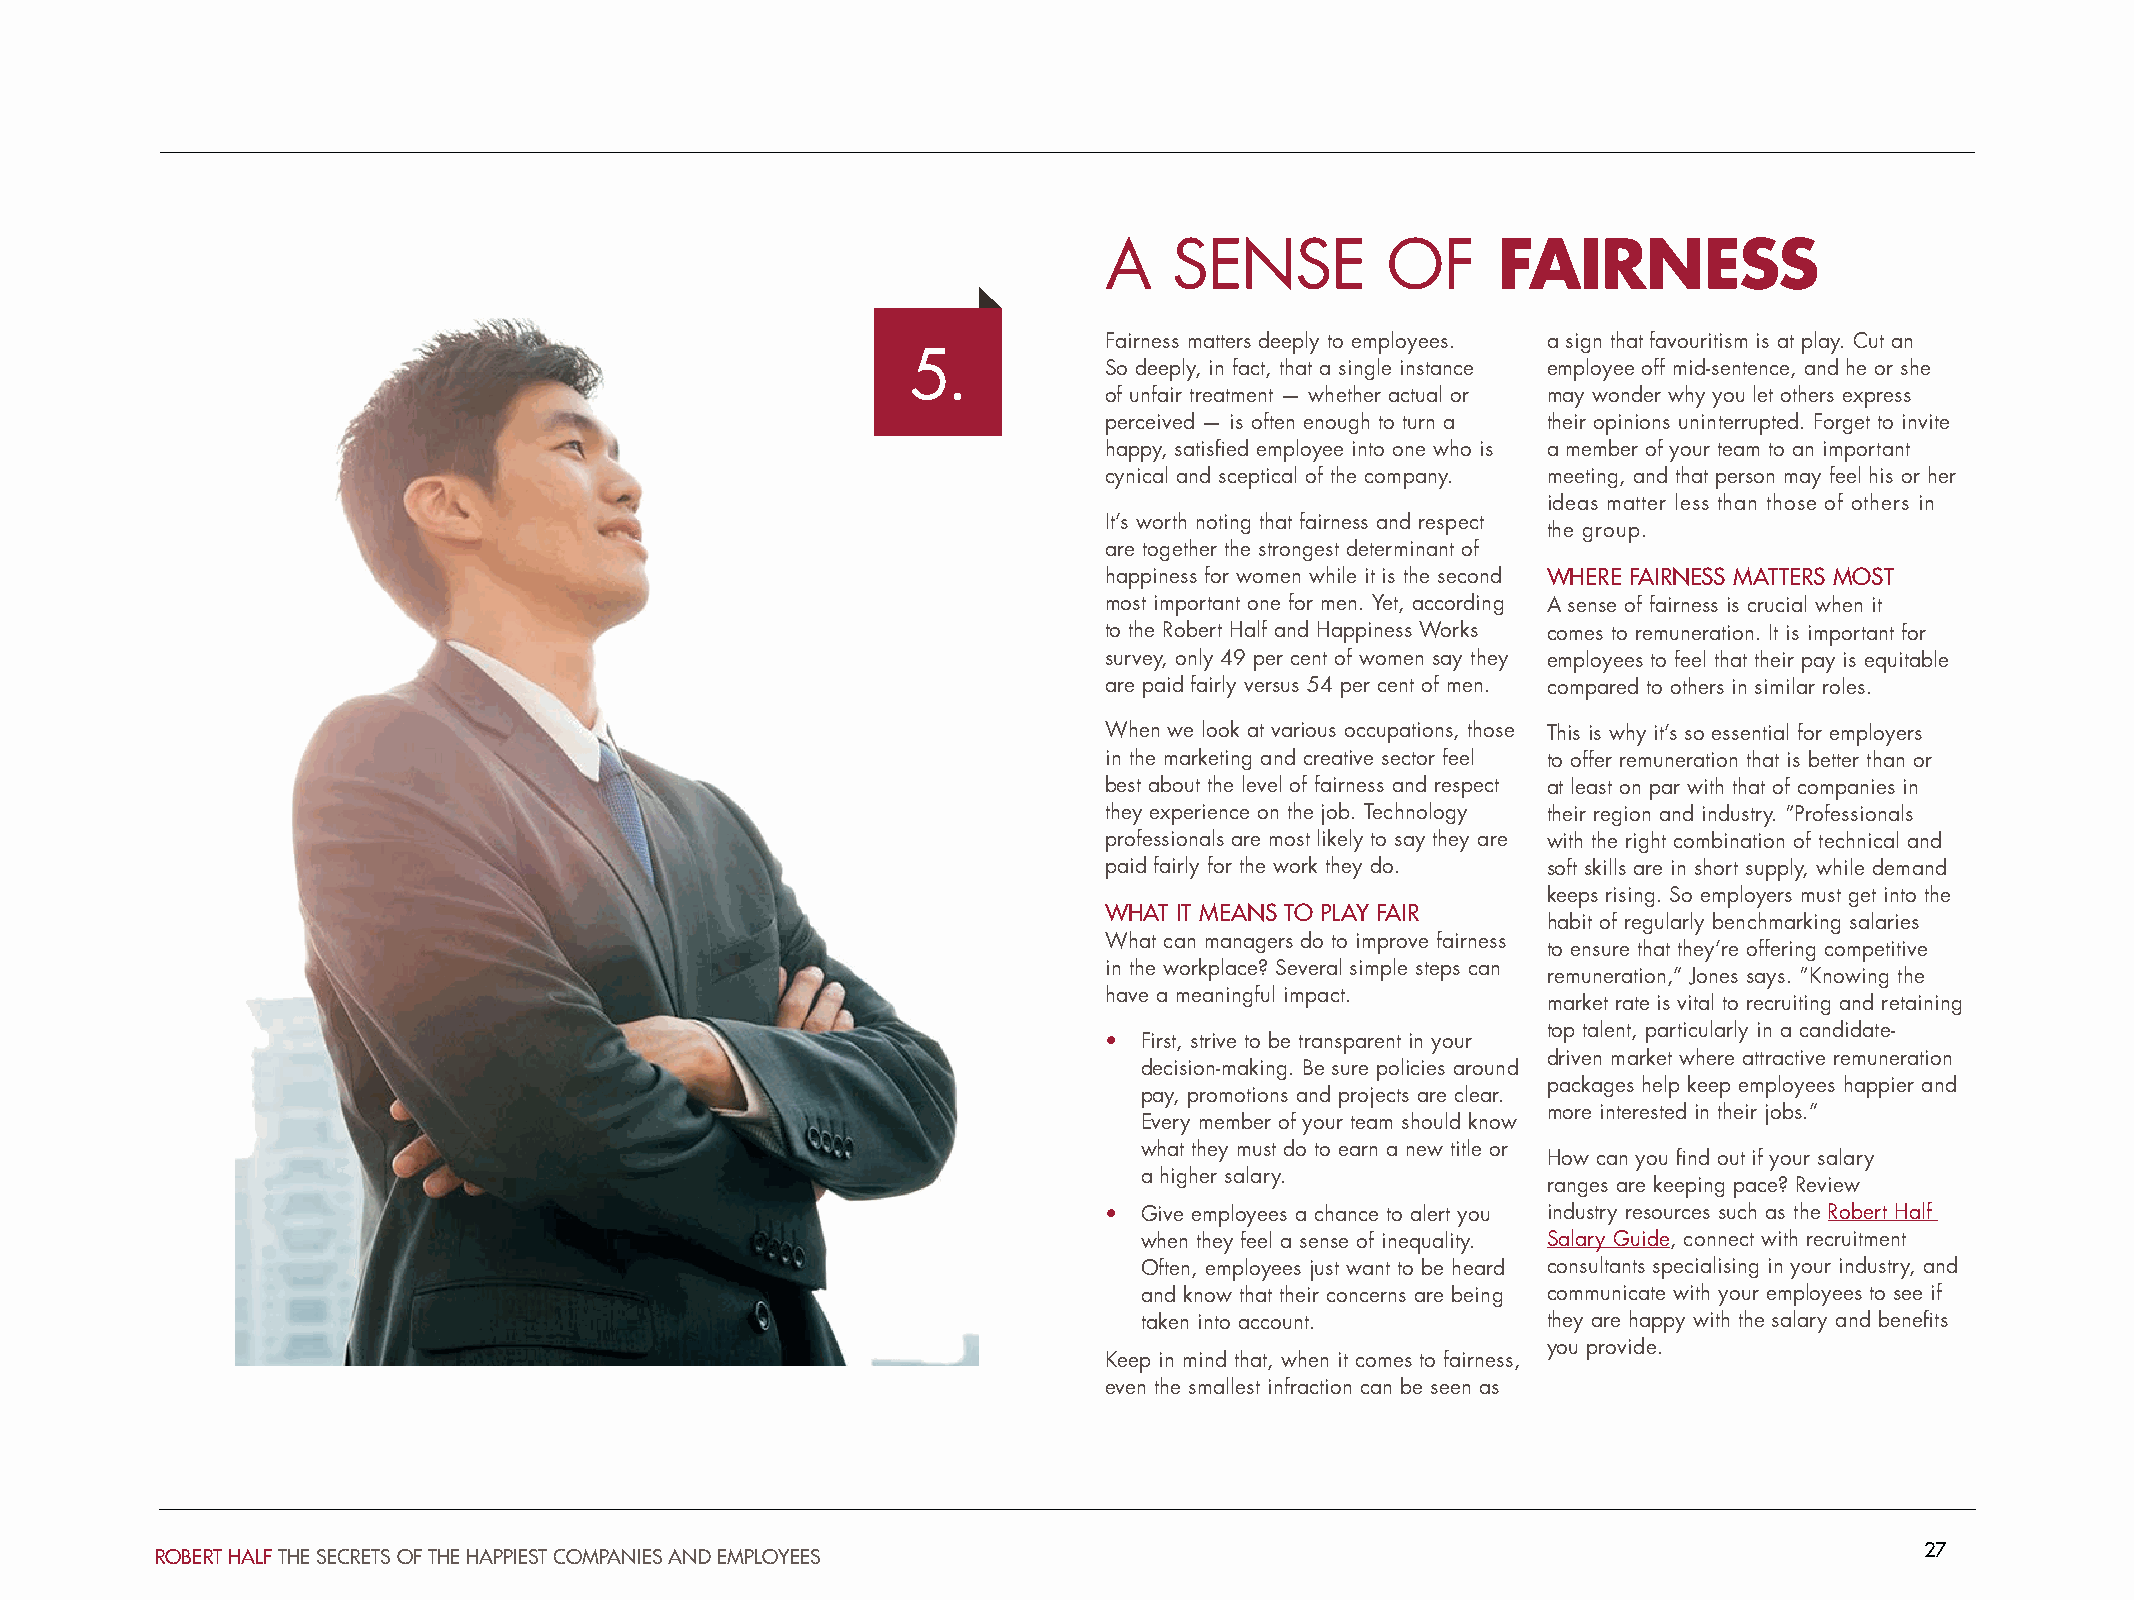
A    SENSE         OF     FAIRNESS
 Fairness matters deeply to employees. a sign that favouritism is at play. Cut an
 5.
 So deeply, in fact, that a single instance employee off mid-sentence, and he or she
 of unfair treatment — whether actual or may wonder why you let others express
 perceived — is often enough to turn a their opinions uninterrupted. Forget to invite
 happy, satisfied employee into one who is a member of your team to an important
 cynical and sceptical of the company. meeting, and that person may feel his or her
 ideas matter less than those of others in
 It’s worth noting that fairness and respect
 the group.
 are together the strongest determinant of
 happiness for women while it is the second WHERE FAIRNESS MATTERS MOST
 most important one for men. Yet, according A sense of fairness is crucial when it
 to the Robert Half and Happiness Works comes to remuneration. It is important for
 survey, only 49 per cent of women say they employees to feel that their pay is equitable
 are paid fairly versus 54 per cent of men. compared to others in similar roles.
 When we look at various occupations, those This is why it’s so essential for employers
 in the marketing and creative sector feel to offer remuneration that is better than or
 best about the level of fairness and respect at least on par with that of companies in
 they experience on the job. Technology their region and industry. “Professionals
 professionals are most likely to say they are with the right combination of technical and
 paid fairly for the work they do. soft skills are in short supply, while demand
 keeps rising. So employers must get into the
 WHAT IT MEANS TO PLAY FAIR
 habit of regularly benchmarking salaries
 What can managers do to improve fairness
 to ensure that they’re offering competitive
 in the workplace? Several simple steps can
 remuneration,” Jones says. “Knowing the
 have a meaningful impact.
 market rate is vital to recruiting and retaining
 top talent, particularly in a candidate-
 • First, strive to be transparent in your
 driven market where attractive remuneration
 decision-making. Be sure policies around
 packages help keep employees happier and
 pay, promotions and projects are clear.
 more interested in their jobs.”
 Every member of your team should know
 what they must do to earn a new title or
 How can you find out if your salary
 a higher salary.
 ranges are keeping pace? Review
 • Give employees a chance to alert you industry resources such as the Robert Half
 when they feel a sense of inequality. Salary Guide, connect with recruitment
 Often, employees just want to be heard consultants specialising in your industry, and
 and know that their concerns are being communicate with your employees to see if
 taken into account.        they are happy with the salary and benefits
 you provide.
 Keep in mind that, when it comes to fairness,
 even the smallest infraction can be seen as
 27
 ROBERT HALF THE SECRETS OF THE HAPPIEST COMPANIES AND EMPLOYEES